Rae_vallavalitsus, lk 97
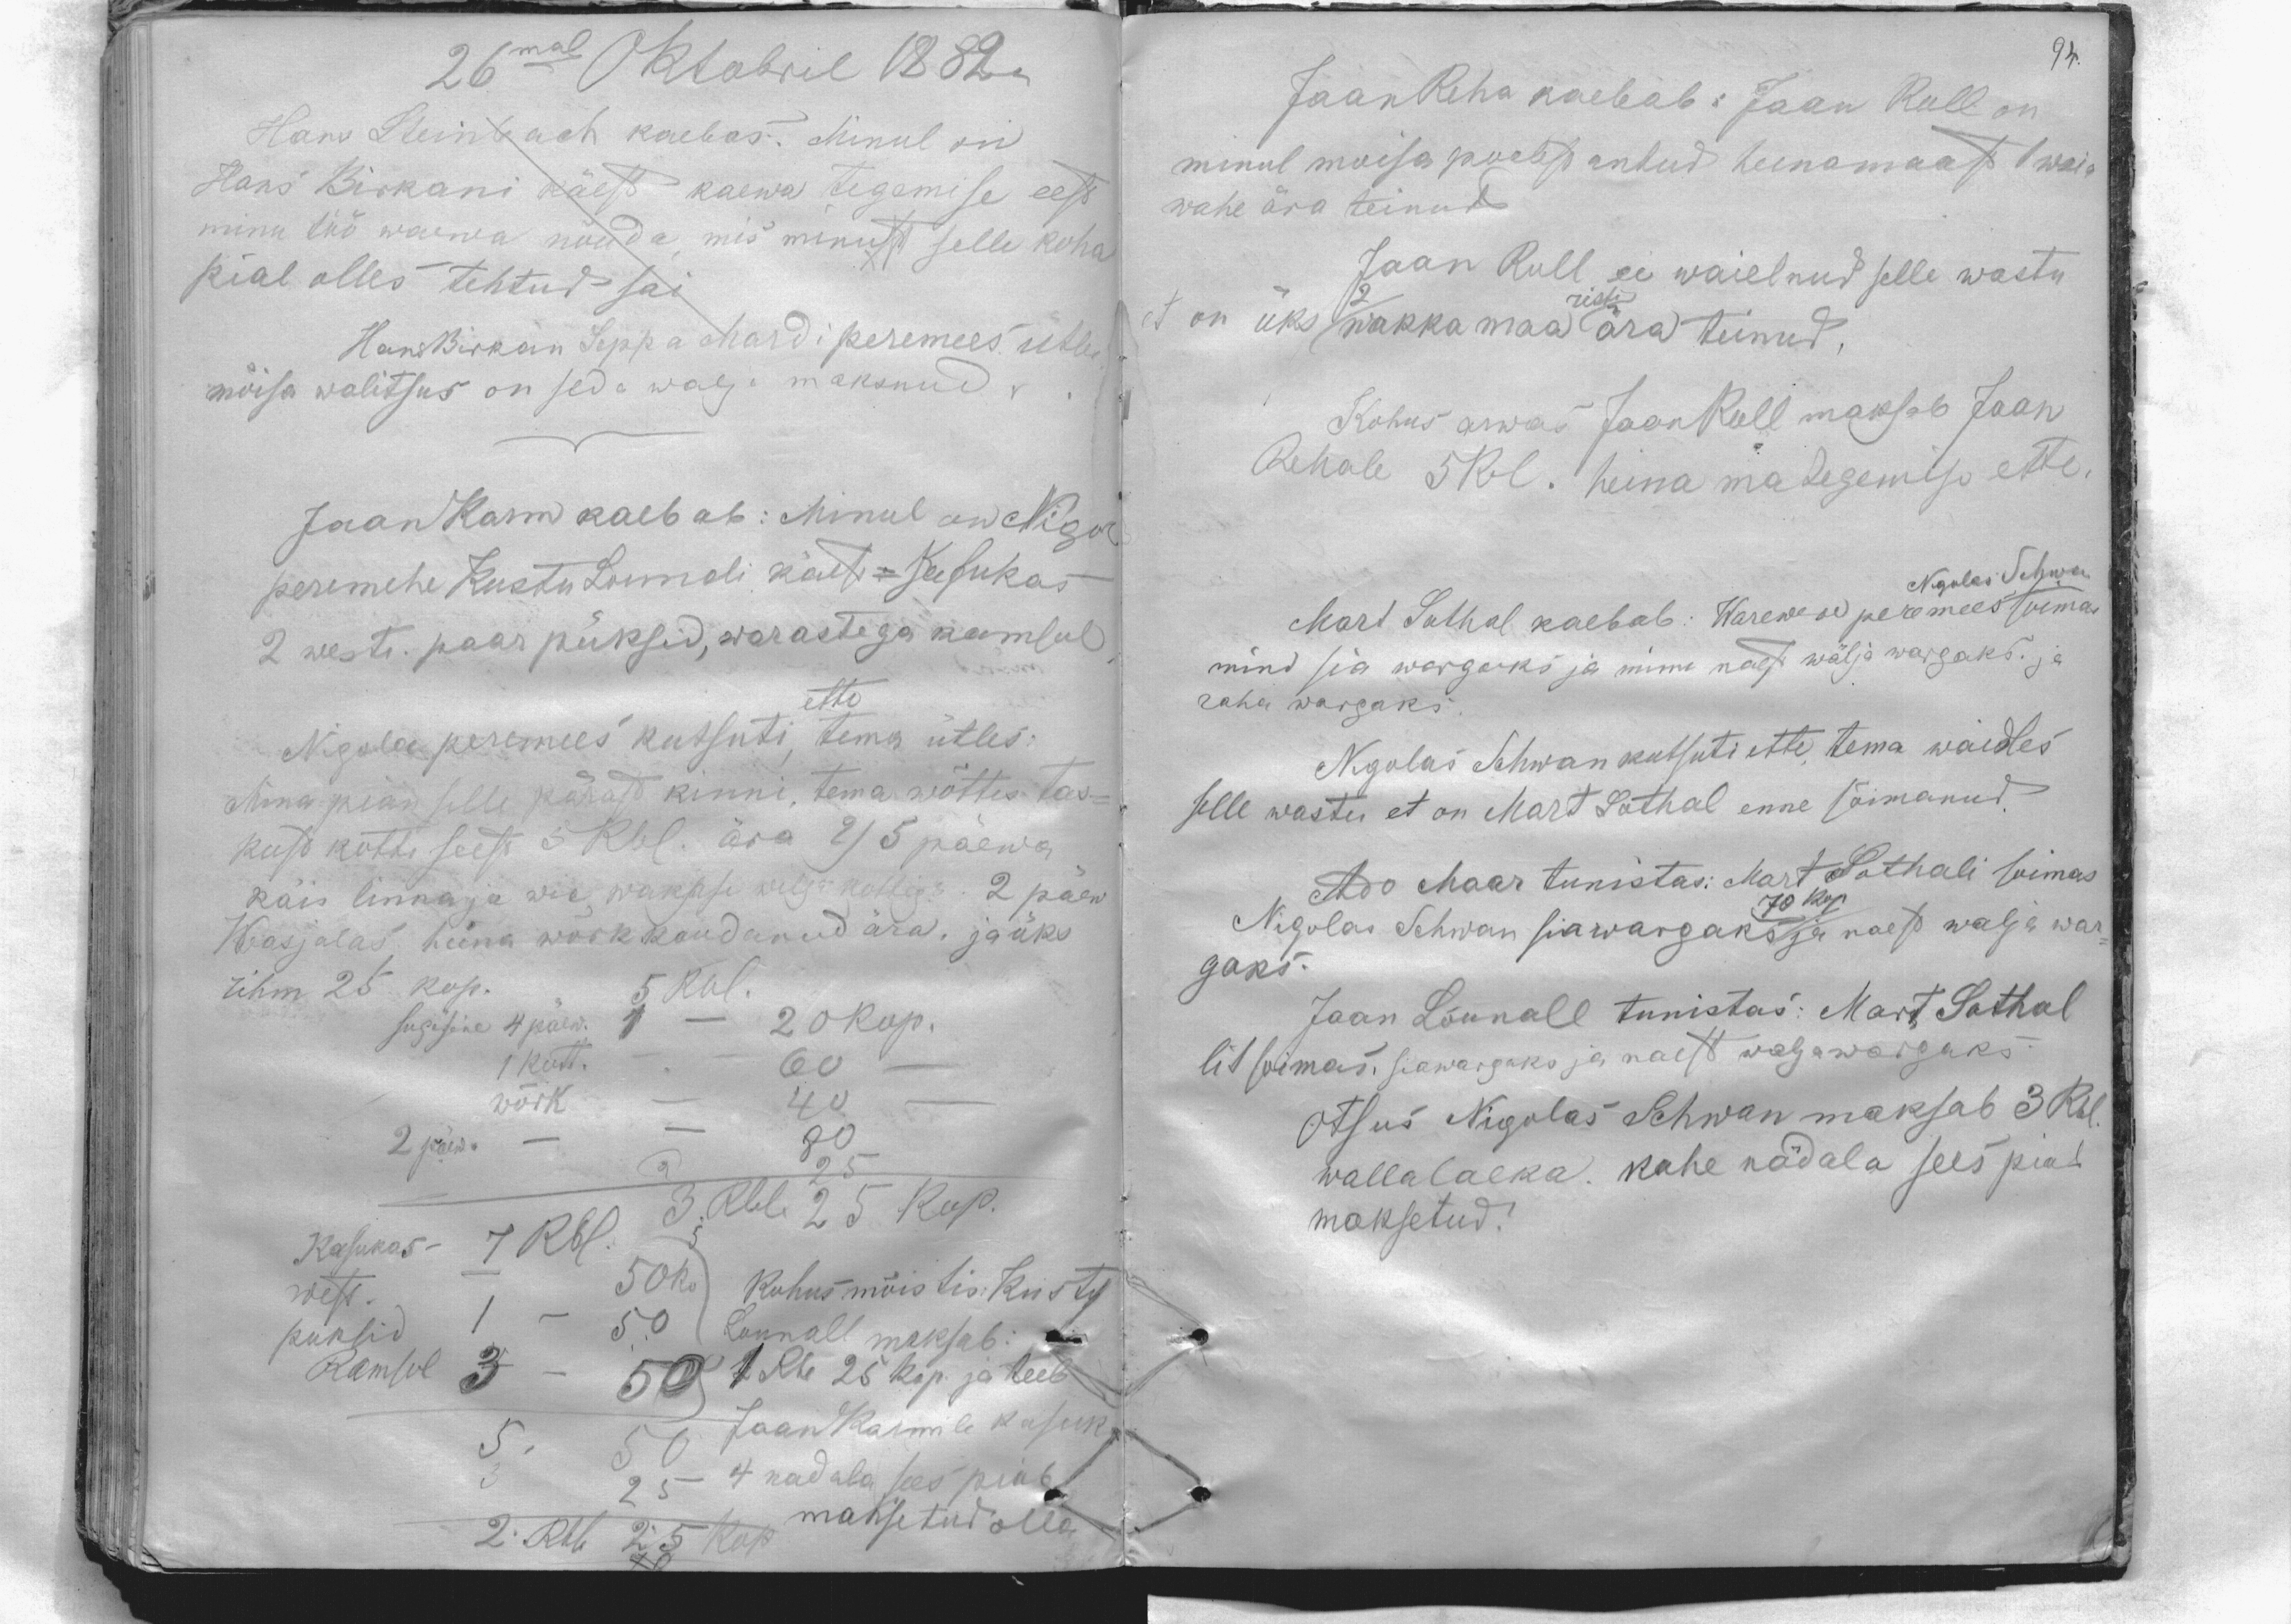
26mal Octobril 1882 a
Hans Steinbach kaebas: Minul on
Hans Birkani käest kaewa tegemise eest
minu töö waewa nõuda, mis minust selle koha
pial olles tehtud sai
Hans Birkan Seppa Mardi peremees ütles
mõisa walitsus on seda walja maksnud.
Jaan Karm kaebab: Minul on Nigol
peremehe Kustu Lounali käest kasukas
2 westi. paar püksid, warastega kamsul
ette
Nigola peremees kutsuti, tema ütles:
Mina pian selle pärast kinni, tema wõttis tas-
kust kotti seest 5 Rbl. ära 2/5 päewa
käis linna ja wie, waksali wilja kottiga. 2 päew
Wasjalas heina wõrk kaudanud ära. ja üks
rihm 25 kop. 5 Rbl.
sugisine 4 päew. 1 - 20 kop.
1 kott. - - 60 -
võrk - 40 -
2 päeva -- 80
25
Kasukas- 7 Rbl.
3. Rbl.  25 kop.
west. - 50ko
kohus mõistis Kustu
puksid 1- 50
Lounall maksab:
kamsol 3 -50
1 Rbl 25 kop. ja teeb
Jaan Karmile kasuk
5. 50
4 nadala sees piab
3 25
maksetud olla
2. Rbl 25 kop

94.

Jaan Reha kaebab: Jaan Rull on
minul moisa poelest antud heinamaast 1 waia
wahe ära teinud
Jaan Rull ei waielnud selle wastu
et on üks 2 wakka maa risti ära teinud.
Kohus arwas JaanRull maksab Jaan
Rehale 5 Rbl. heina ma tegemise ette.
Nigolas Schwan
Mart Sothal kaebab: Warewere peremees soimas
mind sia wargaks ja minu naest wälja wargaks. ja
raha wargaks
Nigolas Schwan kutsuti ette, tema waidles
selle wastu et on Mart Sothal enne sõimanud.
Ado Maar tunistas: Mart Suthali soimas
Nigolas Schwan sia wargaks ja naest walja war-
gaks.
70 kop
Jaan Lõunall tunistas: Mart Sothal
lit soimas, siawargaks, ja naest waljawargaks
Otsus Nigolas Schwan maksab 3 Rbl.
walla laeka. kahe nädala sees piab
maksetud.